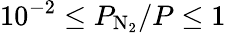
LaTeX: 10^{-2}\le P_{\mathrm{N_{2}}}/P\le 1